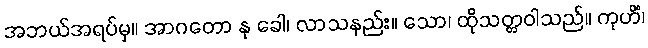
အဘယ်အရပ်မှ။ အာဂတော နု ခေါ၊ လာသနည်း။ သော၊ ထိုသတ္တဝါသည်။ ကုဟိံ၊